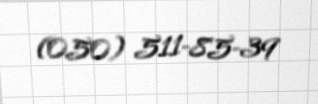
(050) 511-85-39